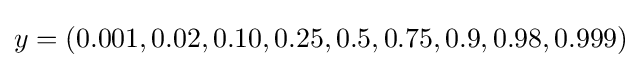
y=(0.001,0.02,0.10,0.25,0.5,0.75,0.9,0.98,0.999)